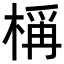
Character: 𬃣